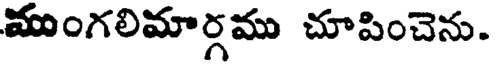
ముంగలిమార్గము చూపించెను.